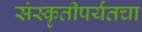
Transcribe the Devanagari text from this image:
संस्कृतीपर्यंतचा